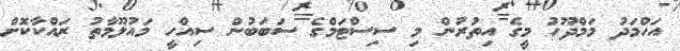
އަހްމަދު މަމްދޫހު މީގެ އިތުރުން މި ސިސްޓަމްގެ ސަބަބުން ސިއްހީ މައުލޫމާތު ރައްކާކޮށް